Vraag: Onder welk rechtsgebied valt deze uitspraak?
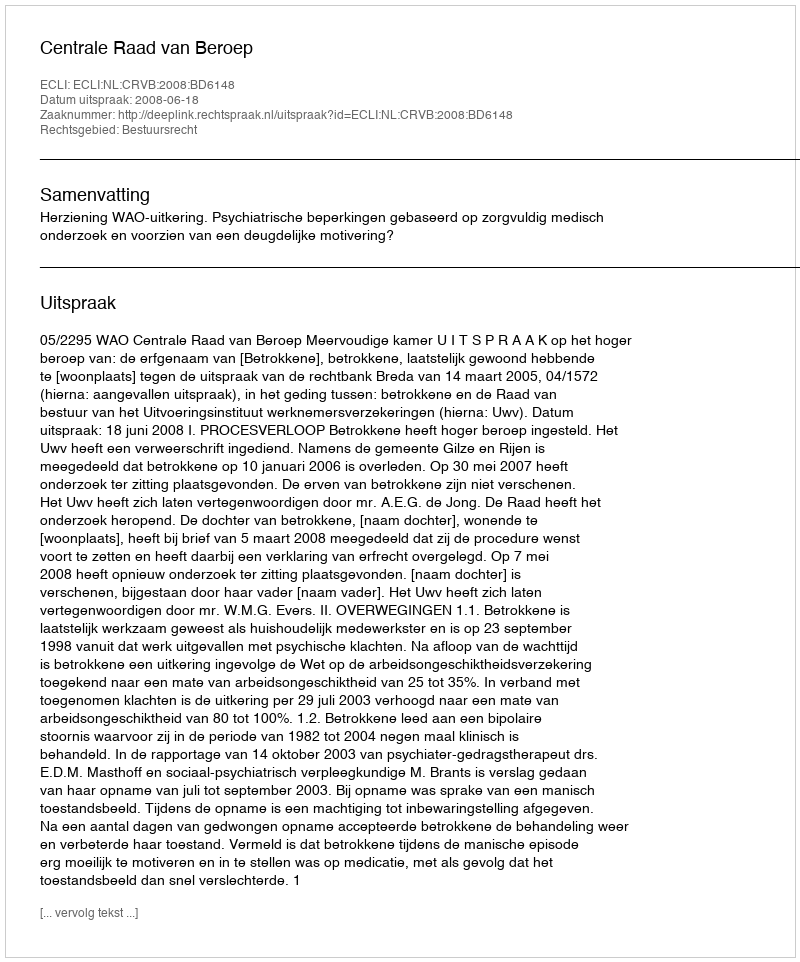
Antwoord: Bestuursrecht